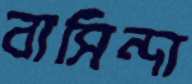
বাসিন্দা